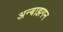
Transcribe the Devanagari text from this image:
अन्बाझगन